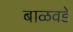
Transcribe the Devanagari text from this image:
बाळवडे